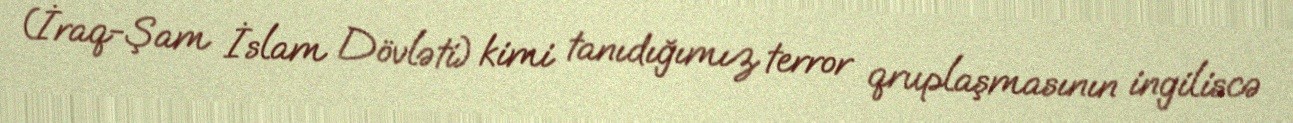
(İraq-Şam İslam Dövləti) kimi tanıdığımız terror qruplaşmasının ingiliscə